Report of the Lahore Medical School Hospital
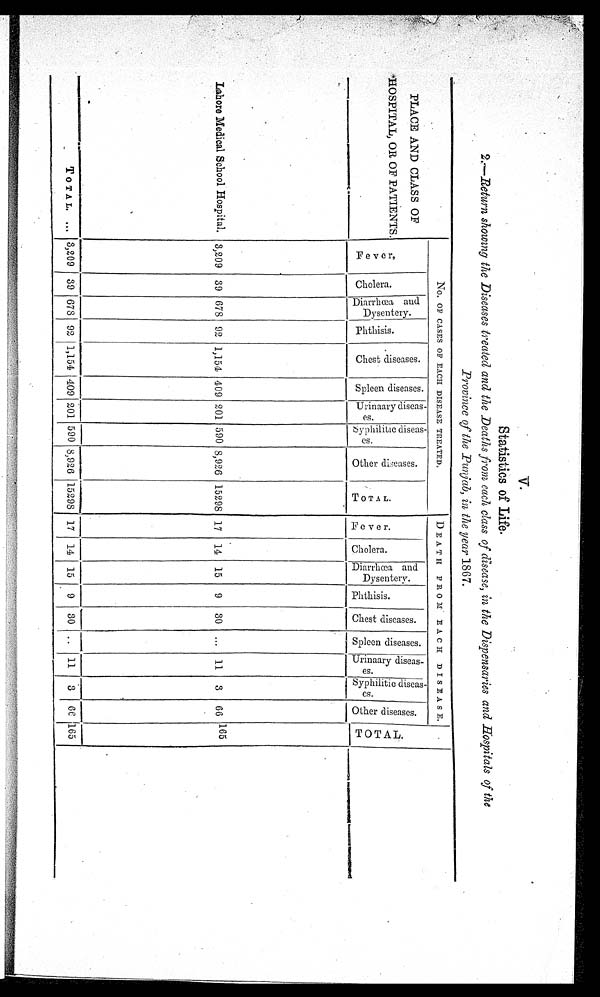
V
Statistics of Life.
2.—Return showing the Diseases treated and the Deaths from each class of disease, in the Dispensaries and Hospitals of the
Province of the Punjab, in the year 1867.
PLACE AND CLASS OF
HOSPITAL, OR OF PATIENTS.
NO. OF CASES OF EACH DISEASE TREATED,
DEATH FROM EACH DISEASE.
T O T A L .
C h o l e r a .
D i a r r h œ a a n d D y s e n t e r y .
P h t h i s i s .
C h e s t d i s e a s e s .
S p l e e n d i s e a s e s . U r i n a a r y d i s e a s e s .
Syphi l i t i c di seases.
TOTAL.
D i a r r h œ a
a n d D y s e n t e r y .
C h e s t d i s e a s e s .
S p l e e n d i s e a s e s .
U r i n a a r y d i s e a s e s
.
F e v e r .
O t h e r d i s e a s e s .
F e v e r .
C h o l e r a .
P h t h i s i s .
S y p h i l i t i c d i s e a s e s .
O t h e r d i s e a s e s .
Lahore Medical School Hospital. 3,209 39 678 92 1,154 409 201 590 8,926 15298 17 14 15
9
30
. . . 11
3
66 165
TOTAL. . . . 3,209 39 678 92 1,154 409 201 590 8,926 15298 17 14 15
9 30
. . . 11 3
66
1 6 5